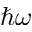
\hbar \omega